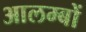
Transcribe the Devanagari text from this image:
आलम्बों